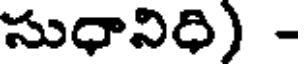
సుధానిధి) -